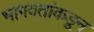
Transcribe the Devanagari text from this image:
भागवतांकडून